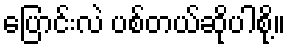
ပြောင်းလဲ ပစ်တယ်ဆိုပါစို့။